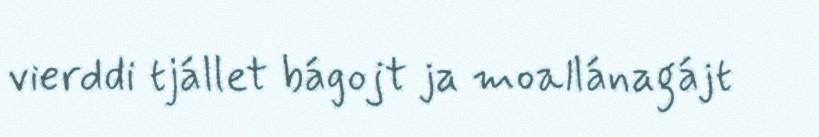
vierddi tjállet bágojt ja moallánagájt